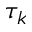
\tau _ { k }